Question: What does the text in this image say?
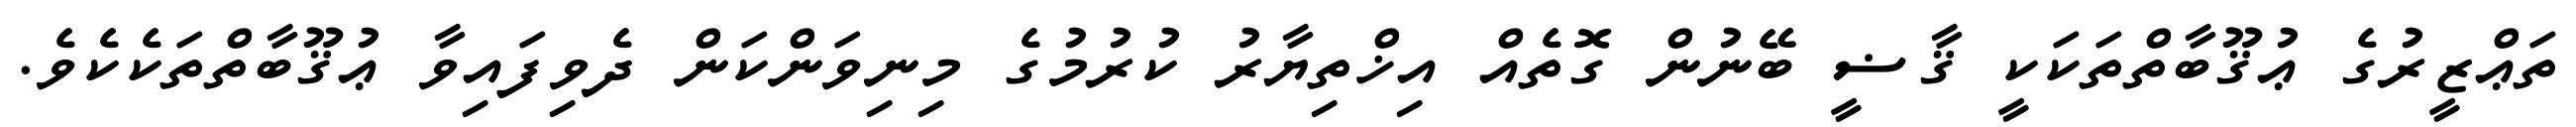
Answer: ތަޢްޒީރުގެ ޢުޤޫބާތްތަކަކީ ޤާޟީ ބޭނުން ގޮތެއް އިޚްތިޔާރު ކުރުމުގެ މިނިވަންކަން ދެވިފައިވާ ޢުޤޫބާތްތަކެކެވެ.